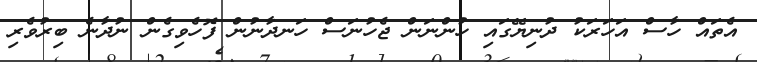
އެތައް ހާސް އަހަރަކު ދުނިޔޭގައި ހުންނަން ޖެހުނަސް ހަނދާނުން ފޮހެވިގެން ނުދާނެ ބިރުވެރި